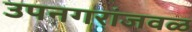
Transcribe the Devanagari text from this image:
उपनगरांजवळ